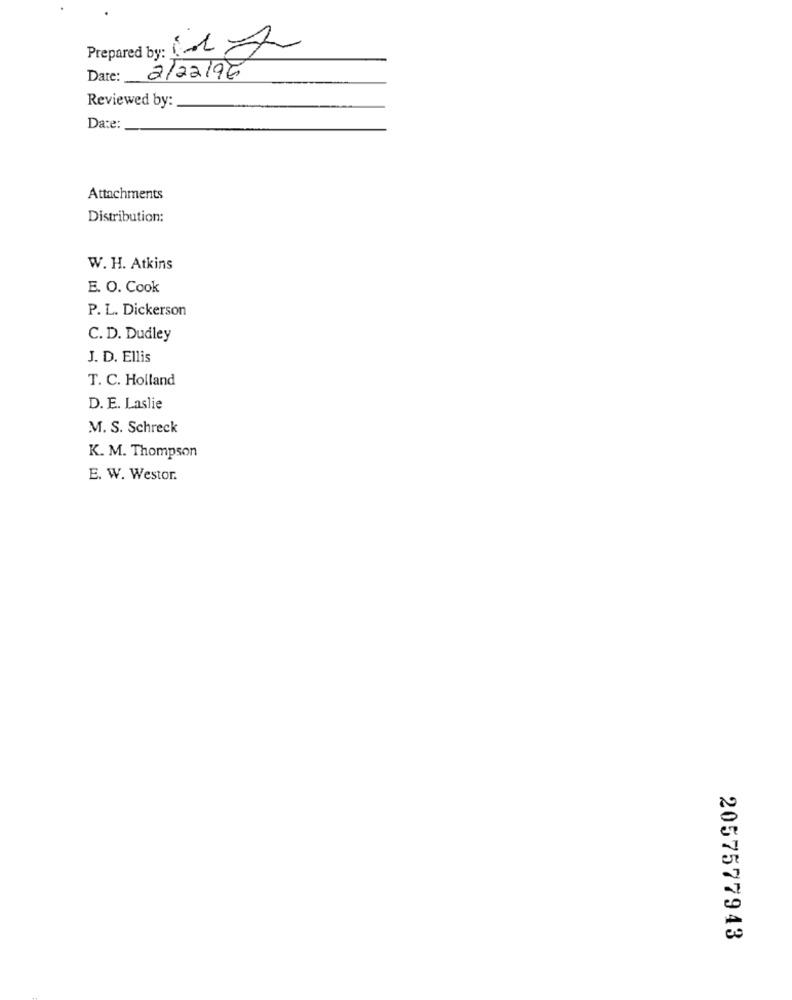
Prepared by: 112
Date:
2/22/96
Reviewed by:
Date:
Attachments
Distribution:
W. H. Atkins
E. O. Cook
P. L. Dickerson
C. D. Dudley
J. D. Ellis
T. C. Holland
D. E. Laslie
M. S. Schreck
K. M. Thompson
E. W. Westor.
2057577943